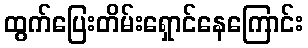
ထွက်ပြေးတိမ်းရှောင်နေကြောင်း